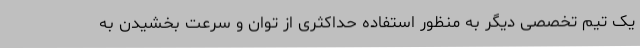
یک تیم تخصصی دیگر به منظور استفاده حداکثری از توان و سرعت بخشیدن به